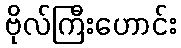
ဗိုလ်ကြီးဟောင်း